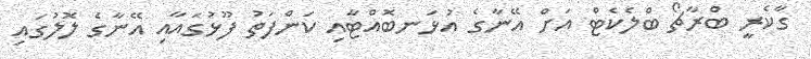
ގާކެރީ ބްރާޗޯ ބްލެކެޓް އަށް އޭނާގެ އުޅަނބޮއްޓާއި ކަންފަތު ފޫޅުގައާއި އޭނާގެ ލޮލުގައި